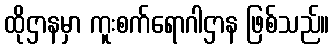
ထိုဌာနမှာ ကူးစက်ရောဂါဌာန ဖြစ်သည်။